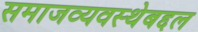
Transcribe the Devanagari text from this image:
समाजव्यवस्थेबद्दल